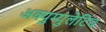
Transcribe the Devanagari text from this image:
अक्युम्युलेटिव